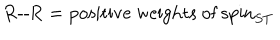
LaTeX: \mathrm { R - - R } = \mathrm { p o s i t i v e ~ w e i g h t s ~ o f ~ } \mathrm { s p i n } _ { S T }